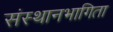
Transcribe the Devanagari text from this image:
संस्थानभागिता